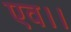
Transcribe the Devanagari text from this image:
एव।।